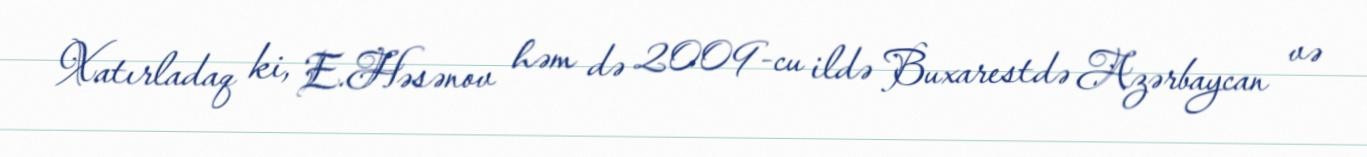
Xatırladaq ki, E.Həsənov həm də 2009-cu ildə Buxarestdə Azərbaycan və